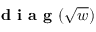
\textbf { d i a g } ( \sqrt { w } )